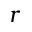
r